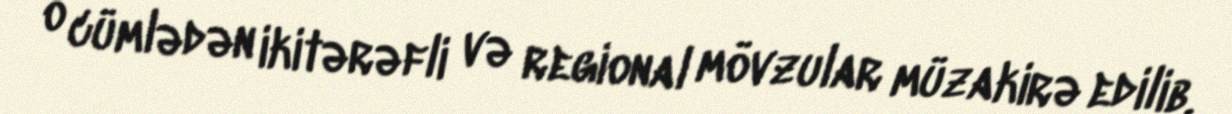
o cümlədən ikitərəfli və regional mövzular müzakirə edilib.